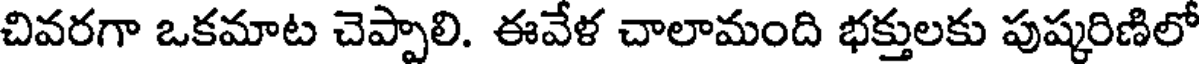
చివరగా ఒకమాట చెప్పాలి. ఈవేళ చాలామంది భక్తులకు పుష్కరిణిలో